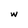
Character: w